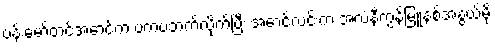
ဗန်းမော်တင်အောင်က ဗကပဘက်လိုက်ပြီး အောင်လင်းက အလံနီကွန်မြူနစ်အနွယ်မို့